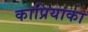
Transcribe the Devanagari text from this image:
काप्रियाका